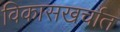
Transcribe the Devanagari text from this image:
विकासखर्चात